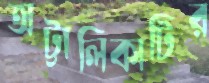
অট্টালিকাটির